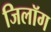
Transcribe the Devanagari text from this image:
जिलॉग